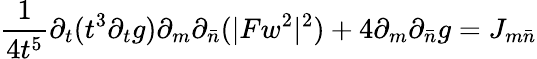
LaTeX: \frac{1}{4t^{5}}\partial_{t}(t^{3}\partial_{t}g)\partial_{m}\partial_{\bar{n}}(|Fw^{2}|^{2})+4\partial_{m}\partial_{\bar{n}}g=J_{m\bar{n}}